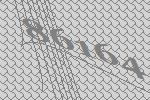
86164